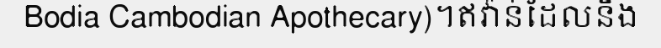
Bodia Cambodian Apothecary)។ឥវ៉ាន់ដែលនឹង